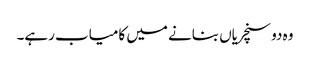
وہ دو سنچریاں بنانے میں کامیاب رہے۔